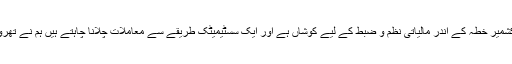
حکومت آزادکشمیر خطہ کے اندر مالیاتی نظم و ضبط کے لیے کوشاں ہے اور ایک سسٹیمیٹک طریقے سے معاملات چلانا چاہتے ہیں ہم نے تھروفاروڈ کم کیا۔